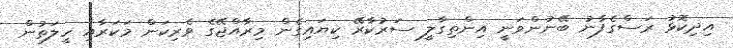
އިދިކޮޅު ރަސްގެފާނު ބޭނުންވަނީ އިންތިގާލީ ސަރުކާރޭ ކިޔައިގެން މިރާއްޖޭގެ ވެރިކަން މަކަރާއި ހީލަތުން